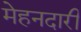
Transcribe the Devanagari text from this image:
मेहनदारी